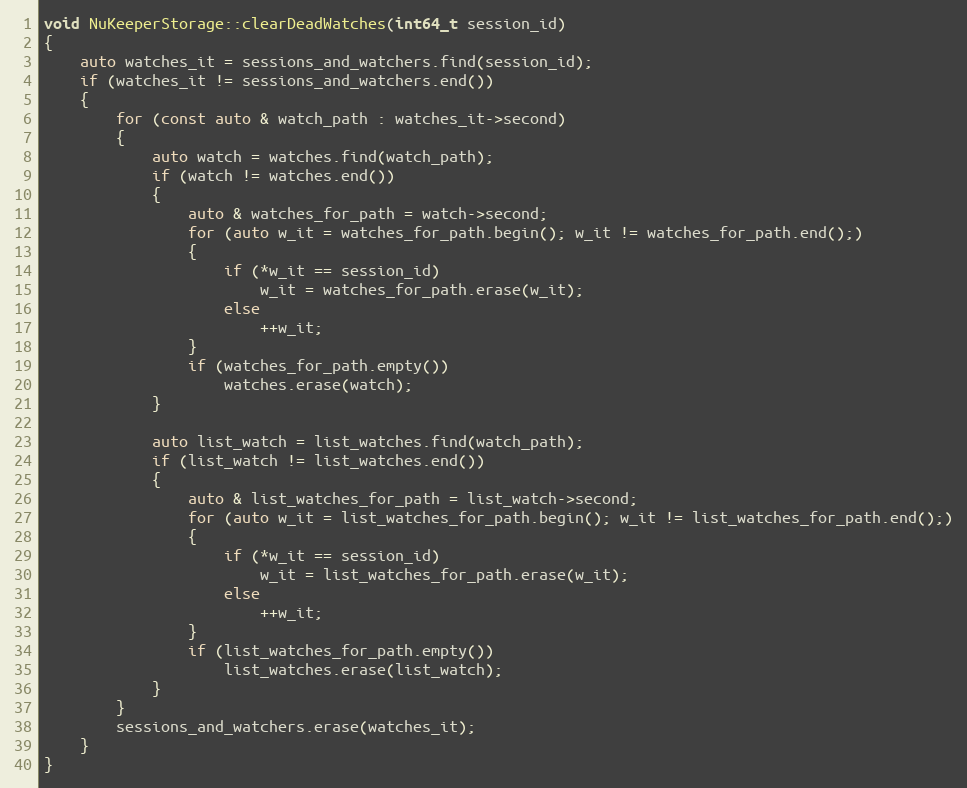
Language: C++
void NuKeeperStorage::clearDeadWatches(int64_t session_id)
{
    auto watches_it = sessions_and_watchers.find(session_id);
    if (watches_it != sessions_and_watchers.end())
    {
        for (const auto & watch_path : watches_it->second)
        {
            auto watch = watches.find(watch_path);
            if (watch != watches.end())
            {
                auto & watches_for_path = watch->second;
                for (auto w_it = watches_for_path.begin(); w_it != watches_for_path.end();)
                {
                    if (*w_it == session_id)
                        w_it = watches_for_path.erase(w_it);
                    else
                        ++w_it;
                }
                if (watches_for_path.empty())
                    watches.erase(watch);
            }

            auto list_watch = list_watches.find(watch_path);
            if (list_watch != list_watches.end())
            {
                auto & list_watches_for_path = list_watch->second;
                for (auto w_it = list_watches_for_path.begin(); w_it != list_watches_for_path.end();)
                {
                    if (*w_it == session_id)
                        w_it = list_watches_for_path.erase(w_it);
                    else
                        ++w_it;
                }
                if (list_watches_for_path.empty())
                    list_watches.erase(list_watch);
            }
        }
        sessions_and_watchers.erase(watches_it);
    }
}